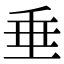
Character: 垂